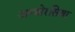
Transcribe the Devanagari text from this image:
अम्बोरसिया